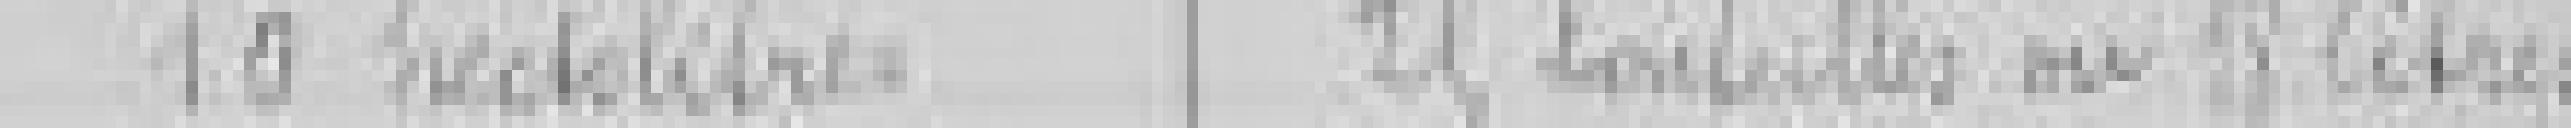
10 hectolitres // 25 bouteilles ou 18 litres